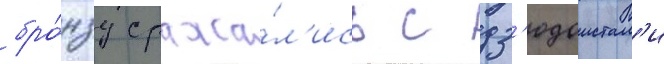
бро́нзу сража́л'ись с дз'юдоистам'и